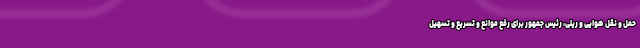
حمل و نقل هوایی و ریلی، رئیس جمهور برای رفع موانع و تسریع و تسهیل